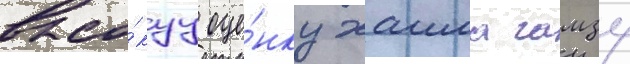
высо́куу оце́нку хаима гамзу